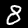
Digit: 8